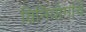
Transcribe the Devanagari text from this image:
विनियोगाचे